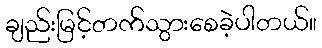
ချည်းမြင့်တက်သွားစေခဲ့ပါတယ်။